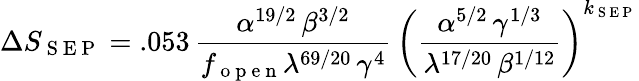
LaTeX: \Delta S_{\mathrm{~S~E~P~}}=.053\, \frac{\alpha^{19/2}\, \beta^{3/2}}{f_{\mathrm{~o~p~e~n~}}\lambda^{69/20}\, \gamma^{4}}\, \left(\frac{\alpha^{5/2}\, \gamma^{1/3}}{\lambda^{17/20}\, \beta^{1/12}}\right)^{k_{\mathrm{~S~E~P~}}}